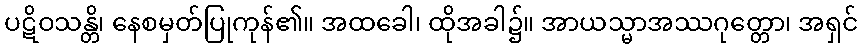
ပဋိဝသန္တိ၊ နေစမှတ်ပြုကုန်၏။ အထခေါ၊ ထိုအခါ၌။ အာယသ္မာအဿဂုတ္တော၊ အရှင်